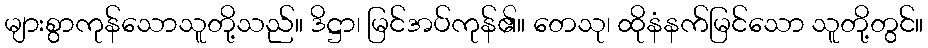
များစွာကုန်သောသူတို့သည်။ ဒိဋ္ဌာ၊ မြင်အပ်ကုန်၏။ တေသု၊ ထိုနံနက်မြင်သော သူတို့တွင်။